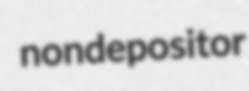
nondepositor